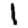
Digit: 1